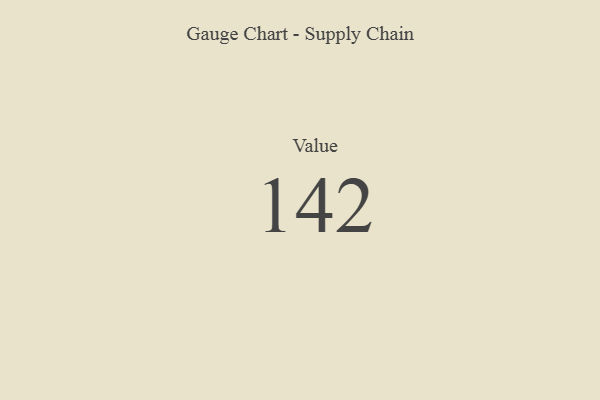
{"axis": {"x": "Metric", "y": "Value"}, "legend": [""], "data": [{"x": "Value", "y": 142, "type": ""}]}